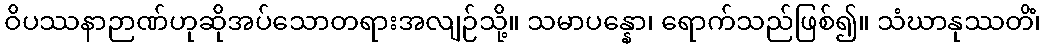
ဝိပဿနာဉာဏ်ဟုဆိုအပ်သောတရားအလျဉ်သို့။ သမာပန္နော၊ ရောက်သည်ဖြစ်၍။ သံဃာနုဿတိံ၊